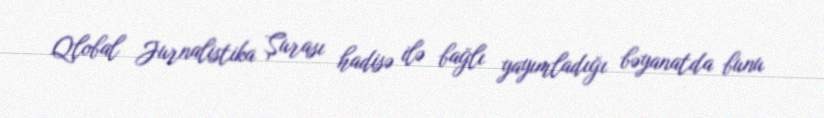
Qlobal Jurnalistika Şurası hadisə ilə bağlı yayımladığı bəyanatda bunu